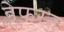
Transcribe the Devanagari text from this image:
डेफरन